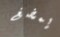
يمضغ